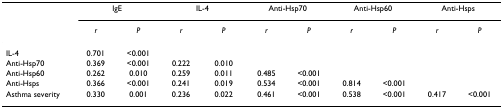
|  | <COLSPAN=2> IgE | <COLSPAN=2> IL-4 | <COLSPAN=2> Anti-Hsp70 | <COLSPAN=2> Anti-Hsp60 | <COLSPAN=2> Anti-Hsps |
 |  | r | P | r | P | r | P | r | P | r | P |
 | --- | --- | --- | --- | --- | --- | --- | --- | --- | --- | --- |
 | IL-4 | 0.701 | <0.001 |  |  |  |  |  |  |  |  |
 | Anti-Hsp70 | 0.369 | <0.001 | 0.222 | 0.010 |  |  |  |  |  |  |
 | Anti-Hsp60 | 0.262 | 0.010 | 0.259 | 0.011 | 0.485 | <0.001 |  |  |  |  |
 | Anti-Hsps | 0.366 | <0.001 | 0.241 | 0.019 | 0.534 | <0.001 | 0.814 | <0.001 |  |  |
 | Asthma severity | 0.330 | 0.001 | 0.236 | 0.022 | 0.461 | <0.001 | 0.538 | <0.001 | 0.417 | <0.001 |